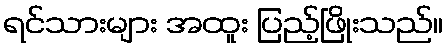
ရင်သားများ အထူး ပြည့်ဖြိုးသည်။